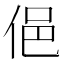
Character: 俋